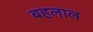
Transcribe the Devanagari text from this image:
बहलाल